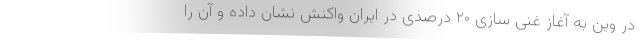
در وین به آغاز غنی سازی ۲۰ درصدی در ایران واکنش نشان داده و آن را